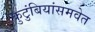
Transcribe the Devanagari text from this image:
कुटुंबियांसमवेत